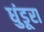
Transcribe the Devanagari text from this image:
धुंडूरा